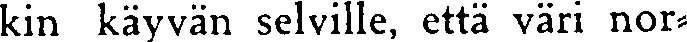
kin käyvän selville, että väri nor-